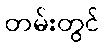
တမ်းတွင်